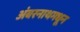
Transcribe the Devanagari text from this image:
अंबरनाथमधून